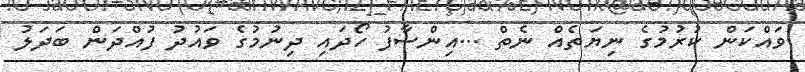
ވައްކަން ކުރުމުގެ ނިޔަތެއް ނެތް ...އިންސާފު ހޯދައި ދިނުމުގެ ވައުދު ފުއްދަން ބަދަލު